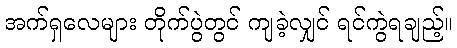
အက်ရှလေများ တိုက်ပွဲတွင် ကျခဲ့လျှင် ရင်ကွဲရချည့်။